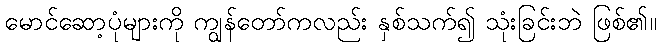
မောင်ဆော့ပုံများကို ကျွန်တော်ကလည်း နှစ်သက်၍ သုံးခြင်းဘဲ ဖြစ်၏။